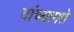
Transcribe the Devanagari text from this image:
यांच्यामते